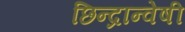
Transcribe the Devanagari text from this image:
छिन्‍द्रान्‍वेषी